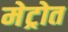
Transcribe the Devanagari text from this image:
मेट्रोत